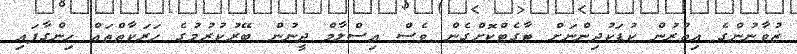
ޒުވާނުންގެ އިތުރުން ކުޑަކުދިންނަށް ޓާގެޓްކޮށްގެން ވެސް އިސްލާމް ދީނުން ބޭރުކުރުމުގެ ހަރަކާތްތައް ހިންގާފައި